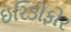
ઇરિડોફોર